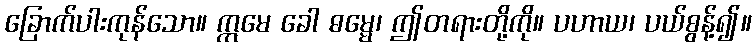
ခြောက်ပါးကုန်သော။ ဣမေ ခေါ ဓမ္မေ၊ ဤတရားတို့ကို။ ပဟာယ၊ ပယ်စွန့်၍။